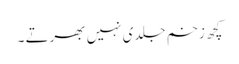
کچھ زخم جلدی نہیں بھرتے ۔